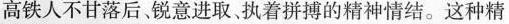
高铁人不甘落后，锐意进取执着拼搏的精神情结。这种精